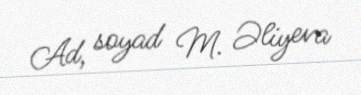
Ad, soyad M. Əliyeva